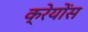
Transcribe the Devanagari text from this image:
क्रेयोंस